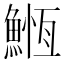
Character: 䱭